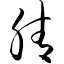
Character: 腈